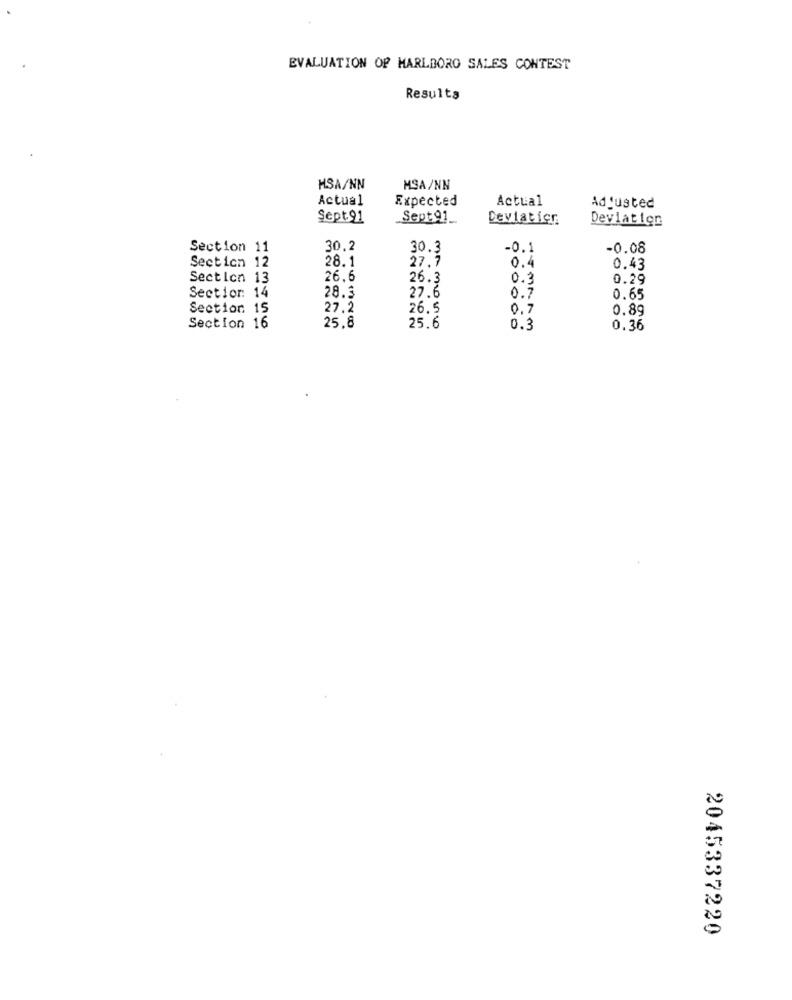
EVALUATION OF MARLBORO SALES CONTEST
Resulta
HSA/NN
MSA/NN
Actual
Expected
Actual
Adjusted
Sept 91
Sept 91_
Deviatier
Deviation
Section 11
30.2
30.3
-0.1
-0.08
28.1
27.7
0.4
Section 12
0.43
Section 13
26.6
26.3
0.3
0.29
Sectior: 14
27.6
28.3
0.7
0.65
Section 15
27.2
26.5
0.7
0.89
25.6
Section 16
25.8
0.3
0.36
2045337220